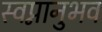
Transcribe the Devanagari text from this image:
स्वप्नानुभव